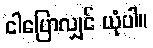
ငါပြောလျှင် ယုံပါ။